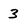
Character: 3